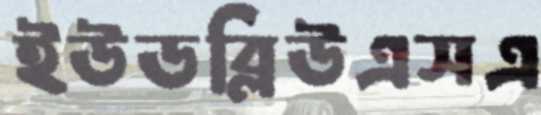
ইউডব্লিউএসএ